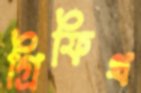
গ্রিফিথ